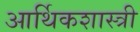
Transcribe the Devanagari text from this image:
आर्थिकशास्त्री